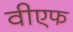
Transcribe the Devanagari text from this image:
वीएफ